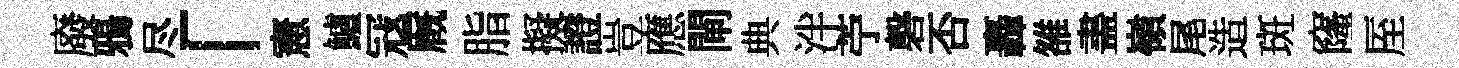
廢鴉尽「憲鱸冦廐脂擬證豈應閘典泮苧磬否轟雒𥁞嶺尾造斑窿厔